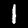
Digit: 1